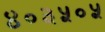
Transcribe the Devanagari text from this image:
४०३५०५